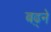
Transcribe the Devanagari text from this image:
बढ़्ने